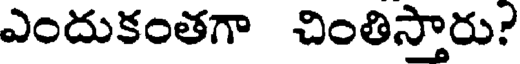
ఎందుకంతగా చింతిస్తారు?